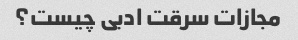
مجازات سرقت ادبی چیست؟